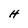
Character: H